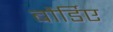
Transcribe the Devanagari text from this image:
बौर्डिए